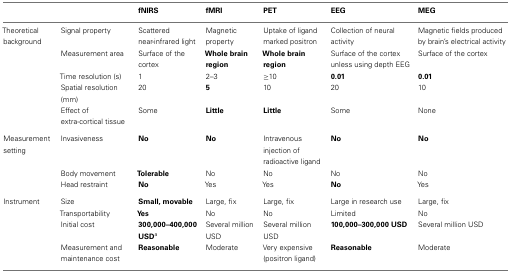
<table><thead><tr><td colspan="2"></td><td><b>fNIRS</b></td><td><b>fMRI</b></td><td><b>PET</b></td><td><b>EEG</b></td><td><b>MEG</b></td></tr></thead><tbody><tr><td>Theoretical background</td><td>Signal property</td><td>Scattered near-infrared light</td><td>Magnetic property</td><td>Uptake of ligand marked positron</td><td>Collection of neural activity</td><td>Magnetic fields produced by brain’s electrical activity</td></tr><tr><td></td><td>Measurement area</td><td>Surface of the cortex</td><td><b>Whole brain region</b></td><td><b>Whole brain region</b></td><td>Surface of the cortex unless using depth EEG</td><td>Surface of the cortex</td></tr><tr><td></td><td>Time resolution (s)</td><td>1</td><td>2–3</td><td>≥10</td><td><b>0.01</b></td><td><b>0.01</b></td></tr><tr><td></td><td>Spatial resolution (mm)</td><td>20</td><td><b>5</b></td><td>10</td><td>20</td><td>10</td></tr><tr><td></td><td>Effect of extra-cortical tissue</td><td>Some</td><td><b>Little</b></td><td><b>Little</b></td><td>Some</td><td>None</td></tr><tr><td>Measurement setting</td><td>Invasiveness</td><td><b>No</b></td><td><b>No</b></td><td>Intravenous injection of radioactive ligand</td><td><b>No</b></td><td><b>No</b></td></tr><tr><td></td><td>Body movement</td><td><b>Tolerable</b></td><td>No</td><td>No</td><td>No</td><td>No</td></tr><tr><td></td><td>Head restraint</td><td><b>No</b></td><td>Yes</td><td>Yes</td><td><b>No</b></td><td>Yes</td></tr><tr><td>Instrument</td><td>Size</td><td><b>Small, movable</b></td><td>Large, fix</td><td>Large, fix</td><td>Large in research use</td><td>Large, fix</td></tr><tr><td></td><td>Transportability</td><td><b>Yes</b></td><td>No</td><td>No</td><td>Limited</td><td>No</td></tr><tr><td></td><td>Initial cost</td><td><b>300,000–400,000 USD</b><sup>a</sup></td><td>Several million USD</td><td>Several million USD</td><td><b>100,000–300,000 USD</b></td><td>Several million USD</td></tr><tr><td></td><td>Measurement and maintenance cost</td><td><b>Reasonable</b></td><td>Moderate</td><td>Very expensive (positron ligand)</td><td><b>Reasonable</b></td><td>Moderate</td></tr></tbody></table>